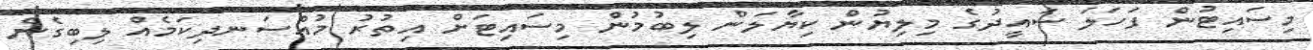
މިސައިޓުން ފަހަލަ ސައީދުގެ މިލިޔުން ކިޔާލަން ލިބުމުން މިސައިޓަށް އިތުރު މުއްސަނދިކަމެއް ލިބިގެން